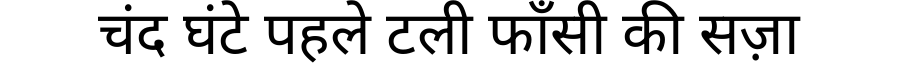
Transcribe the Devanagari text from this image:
चंद घंटे पहले टली फाँसी की सज़ा